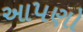
આ૫ણો